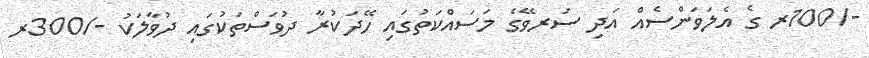
-/100ރ ގެ އެލަވަންސެއް އަދި ސަރވޭގެ މަސައްކަތުގައި ހޭދަކުރާ ދުވަސްތަކުގައި ދުވާލަކު -/300ރ